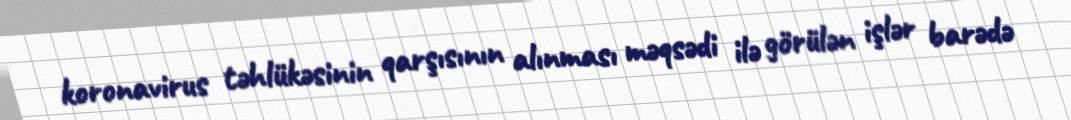
koronavirus təhlükəsinin qarşısının alınması məqsədi ilə görülən işlər barədə